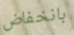
بانخفاض